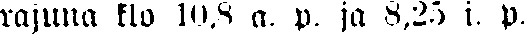
rajuna klo 10,8 a. p. ja 8,25 i. p.